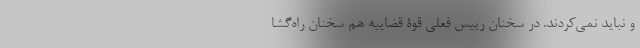
و نباید نمی‌کردند. در سخنان رییس فعلی قوۀ قضاییه هم سخنان راه‌گشا